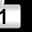
Digit: 1